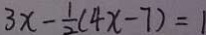
3 x - \frac { 1 } { 2 } ( 4 x - 7 ) = 1